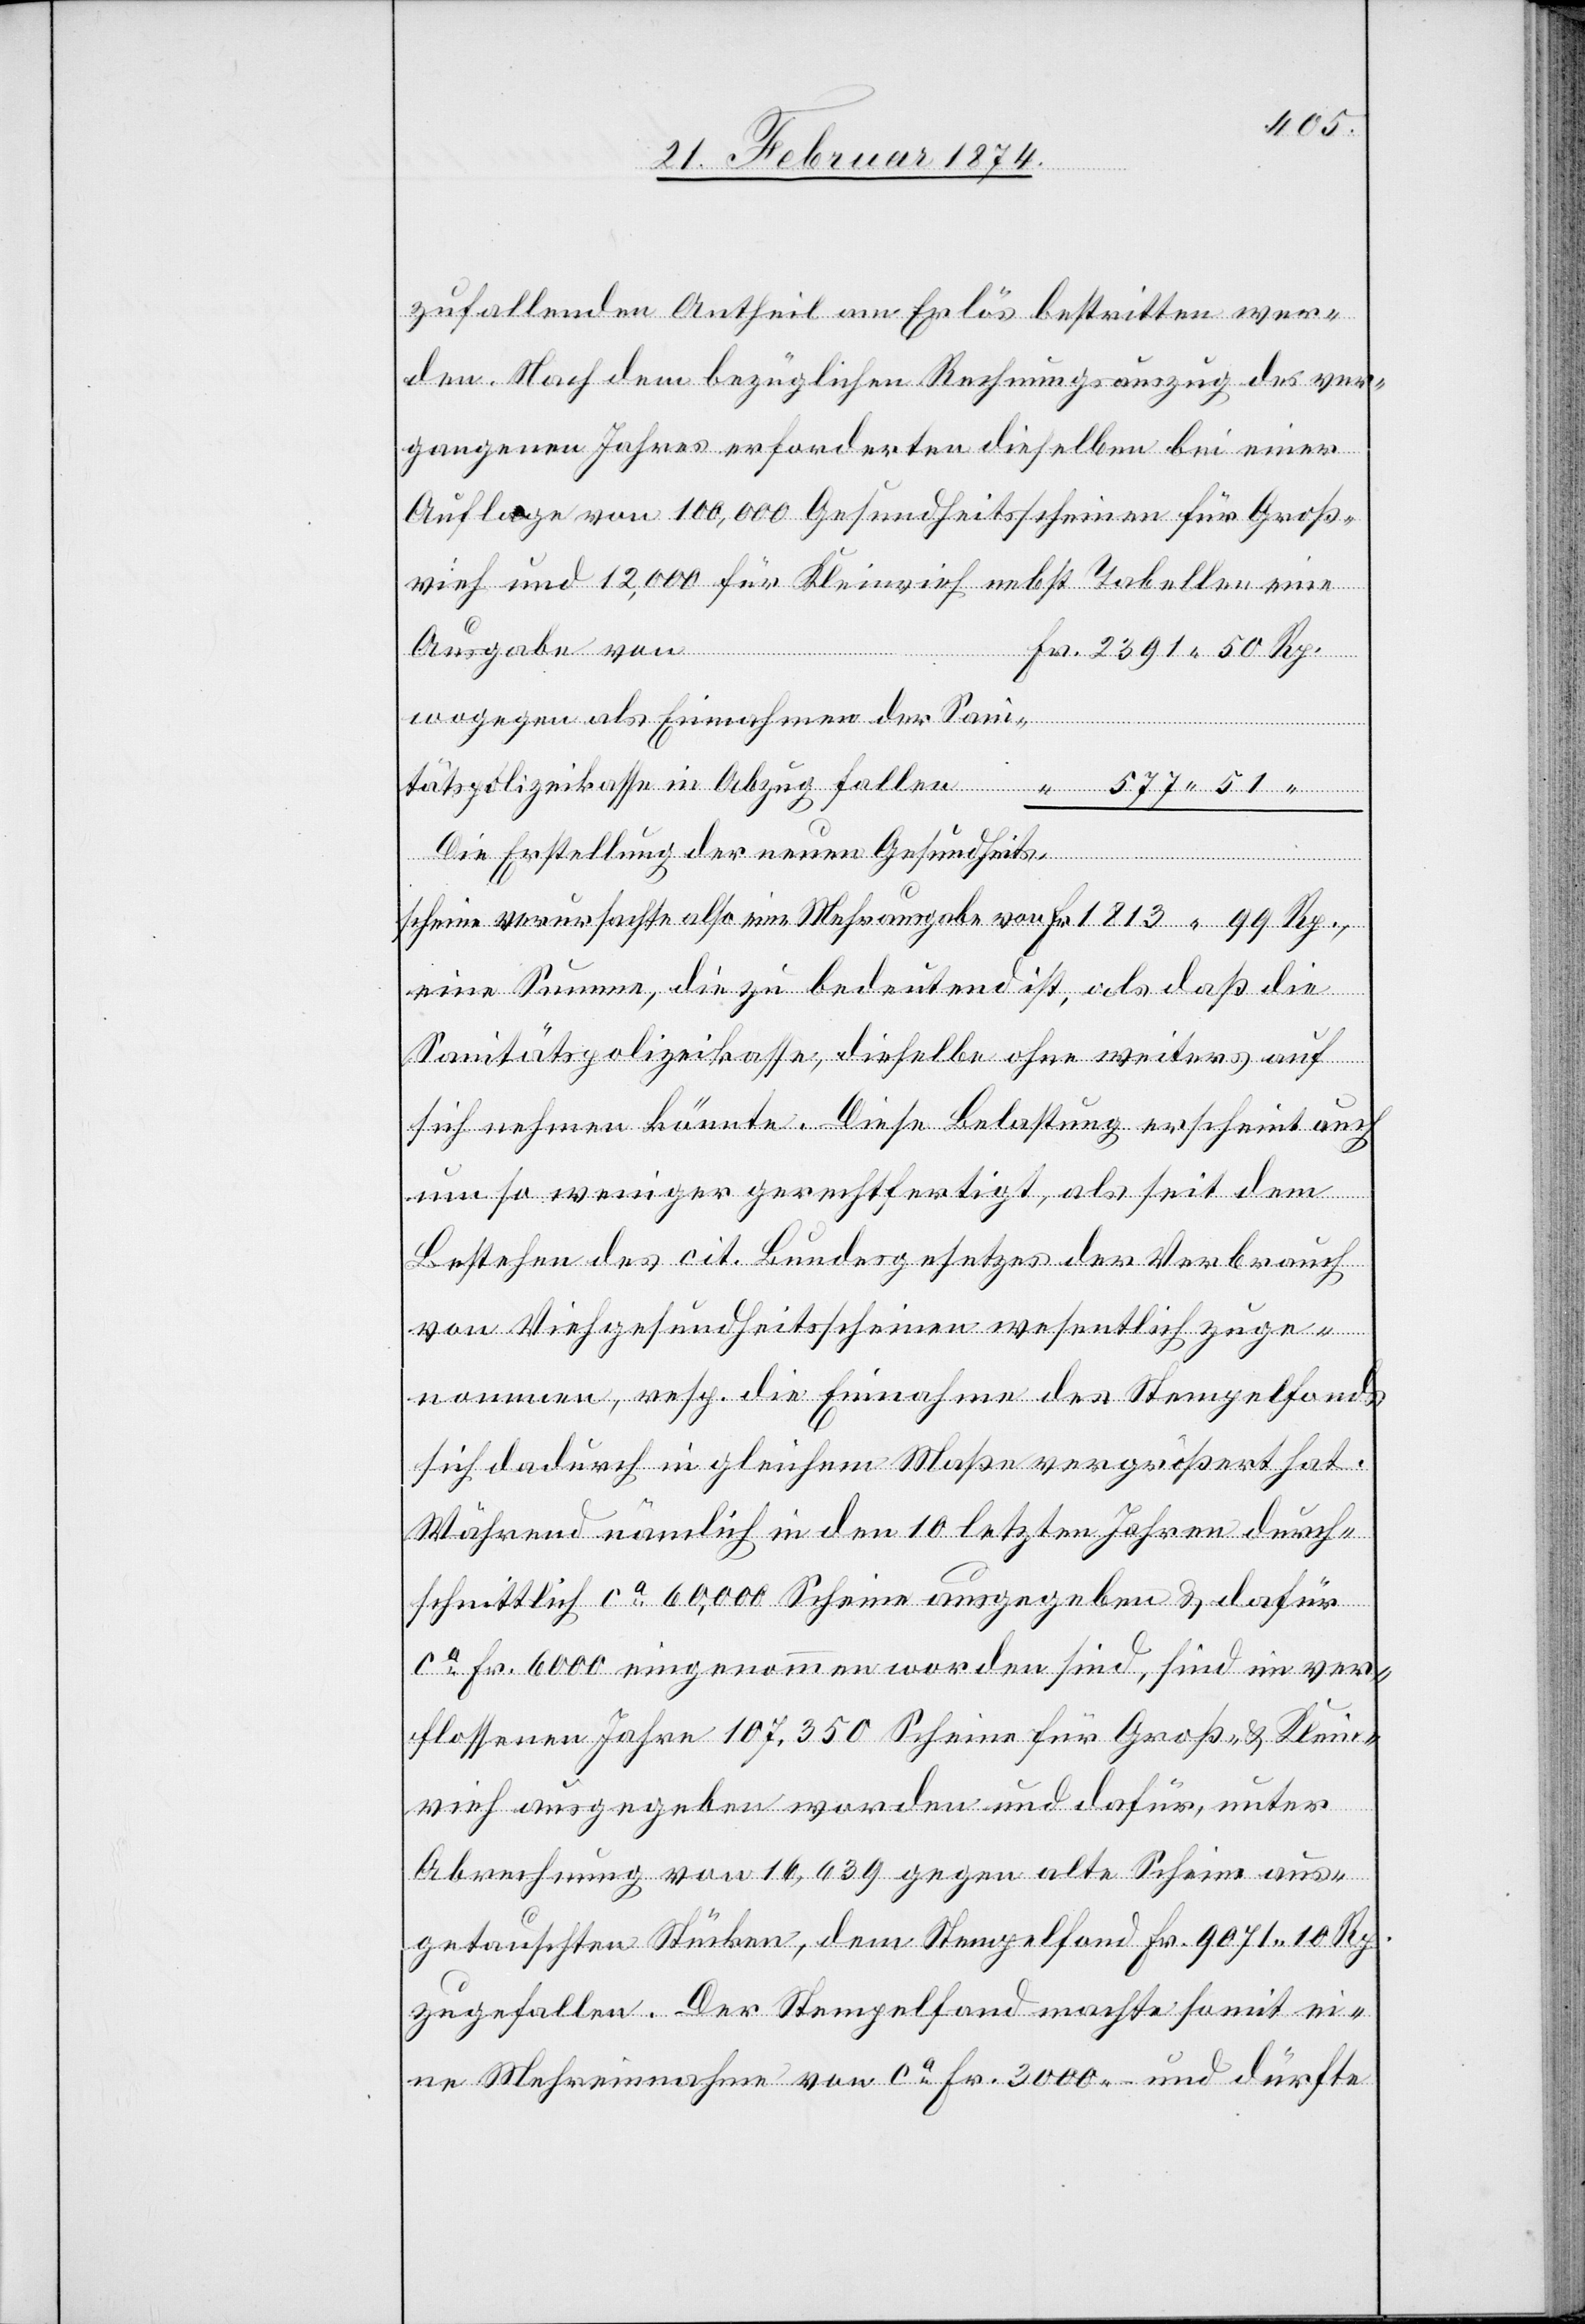
zufallenden Antheil am Erlös bestritten wer¬
den. Nach dem bezüglichen Rechnungsauszug des ver¬
gangenen Jahres erforderten dieselben bei einer
Auflage von 100,000 Gesundheitsscheinen für Groß¬
vieh und 12,000 für Kleinvieh nebst Tabellen eine
Mehrausgabe von
2391.50 Rp.
wogegen als Einnahmen der
Die Erstellung der neuen Gesundheitsscheine
eine Summe, die zu bedeutend ist, als daß die
Sanitätspolizeikasse, dieselbe ohne weiteres auf
sich nehmen könnte. Diese Belastung erscheint auch
um so weniger gerechtfertigt, als seit dem
Bestehen des cit. Bundesgesetzes der Verbrauch
von Viehgesundheitsscheinen wesentlich zuge¬
nommen, resp. die Einnahme des Stempelfonds
sich dadurch in gleichem Maße vergrößert hat.
Während nämlich in den 10 letzten Jahren durch¬
schnittlich ca 60,000 Scheine ausgegeben u. dafür
ca Fr. 6000 eingenommen worden sind, sind im ver¬
flossenen Jahre 107,350 Scheine für Groß- u. Klein¬
vieh ausgegeben worden und dafür, unter
Abrechnung von 16,639 gegen alte Scheine aus¬
getauschten Stücken, dem Stempelfond Fr. 9071.10 Rp.
zugefallen. Der Stempelfond machte somit ei¬
ne Mehreinnahme von ca Fr. 3000 und dürfte